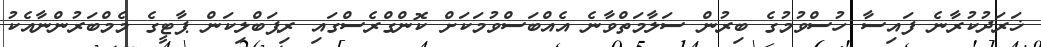
ޚަރަދުކުރާނެ ފައިސާ ހުސްވުމުގެ ބިރުން ސަލާމަތްވާނެ އެއްބަސްވުމަކަށް ކޮންގްރެސްގައި ރިޕަބްލިކަން ޕާޓީގެ މެމްބަރުންނާއެކު